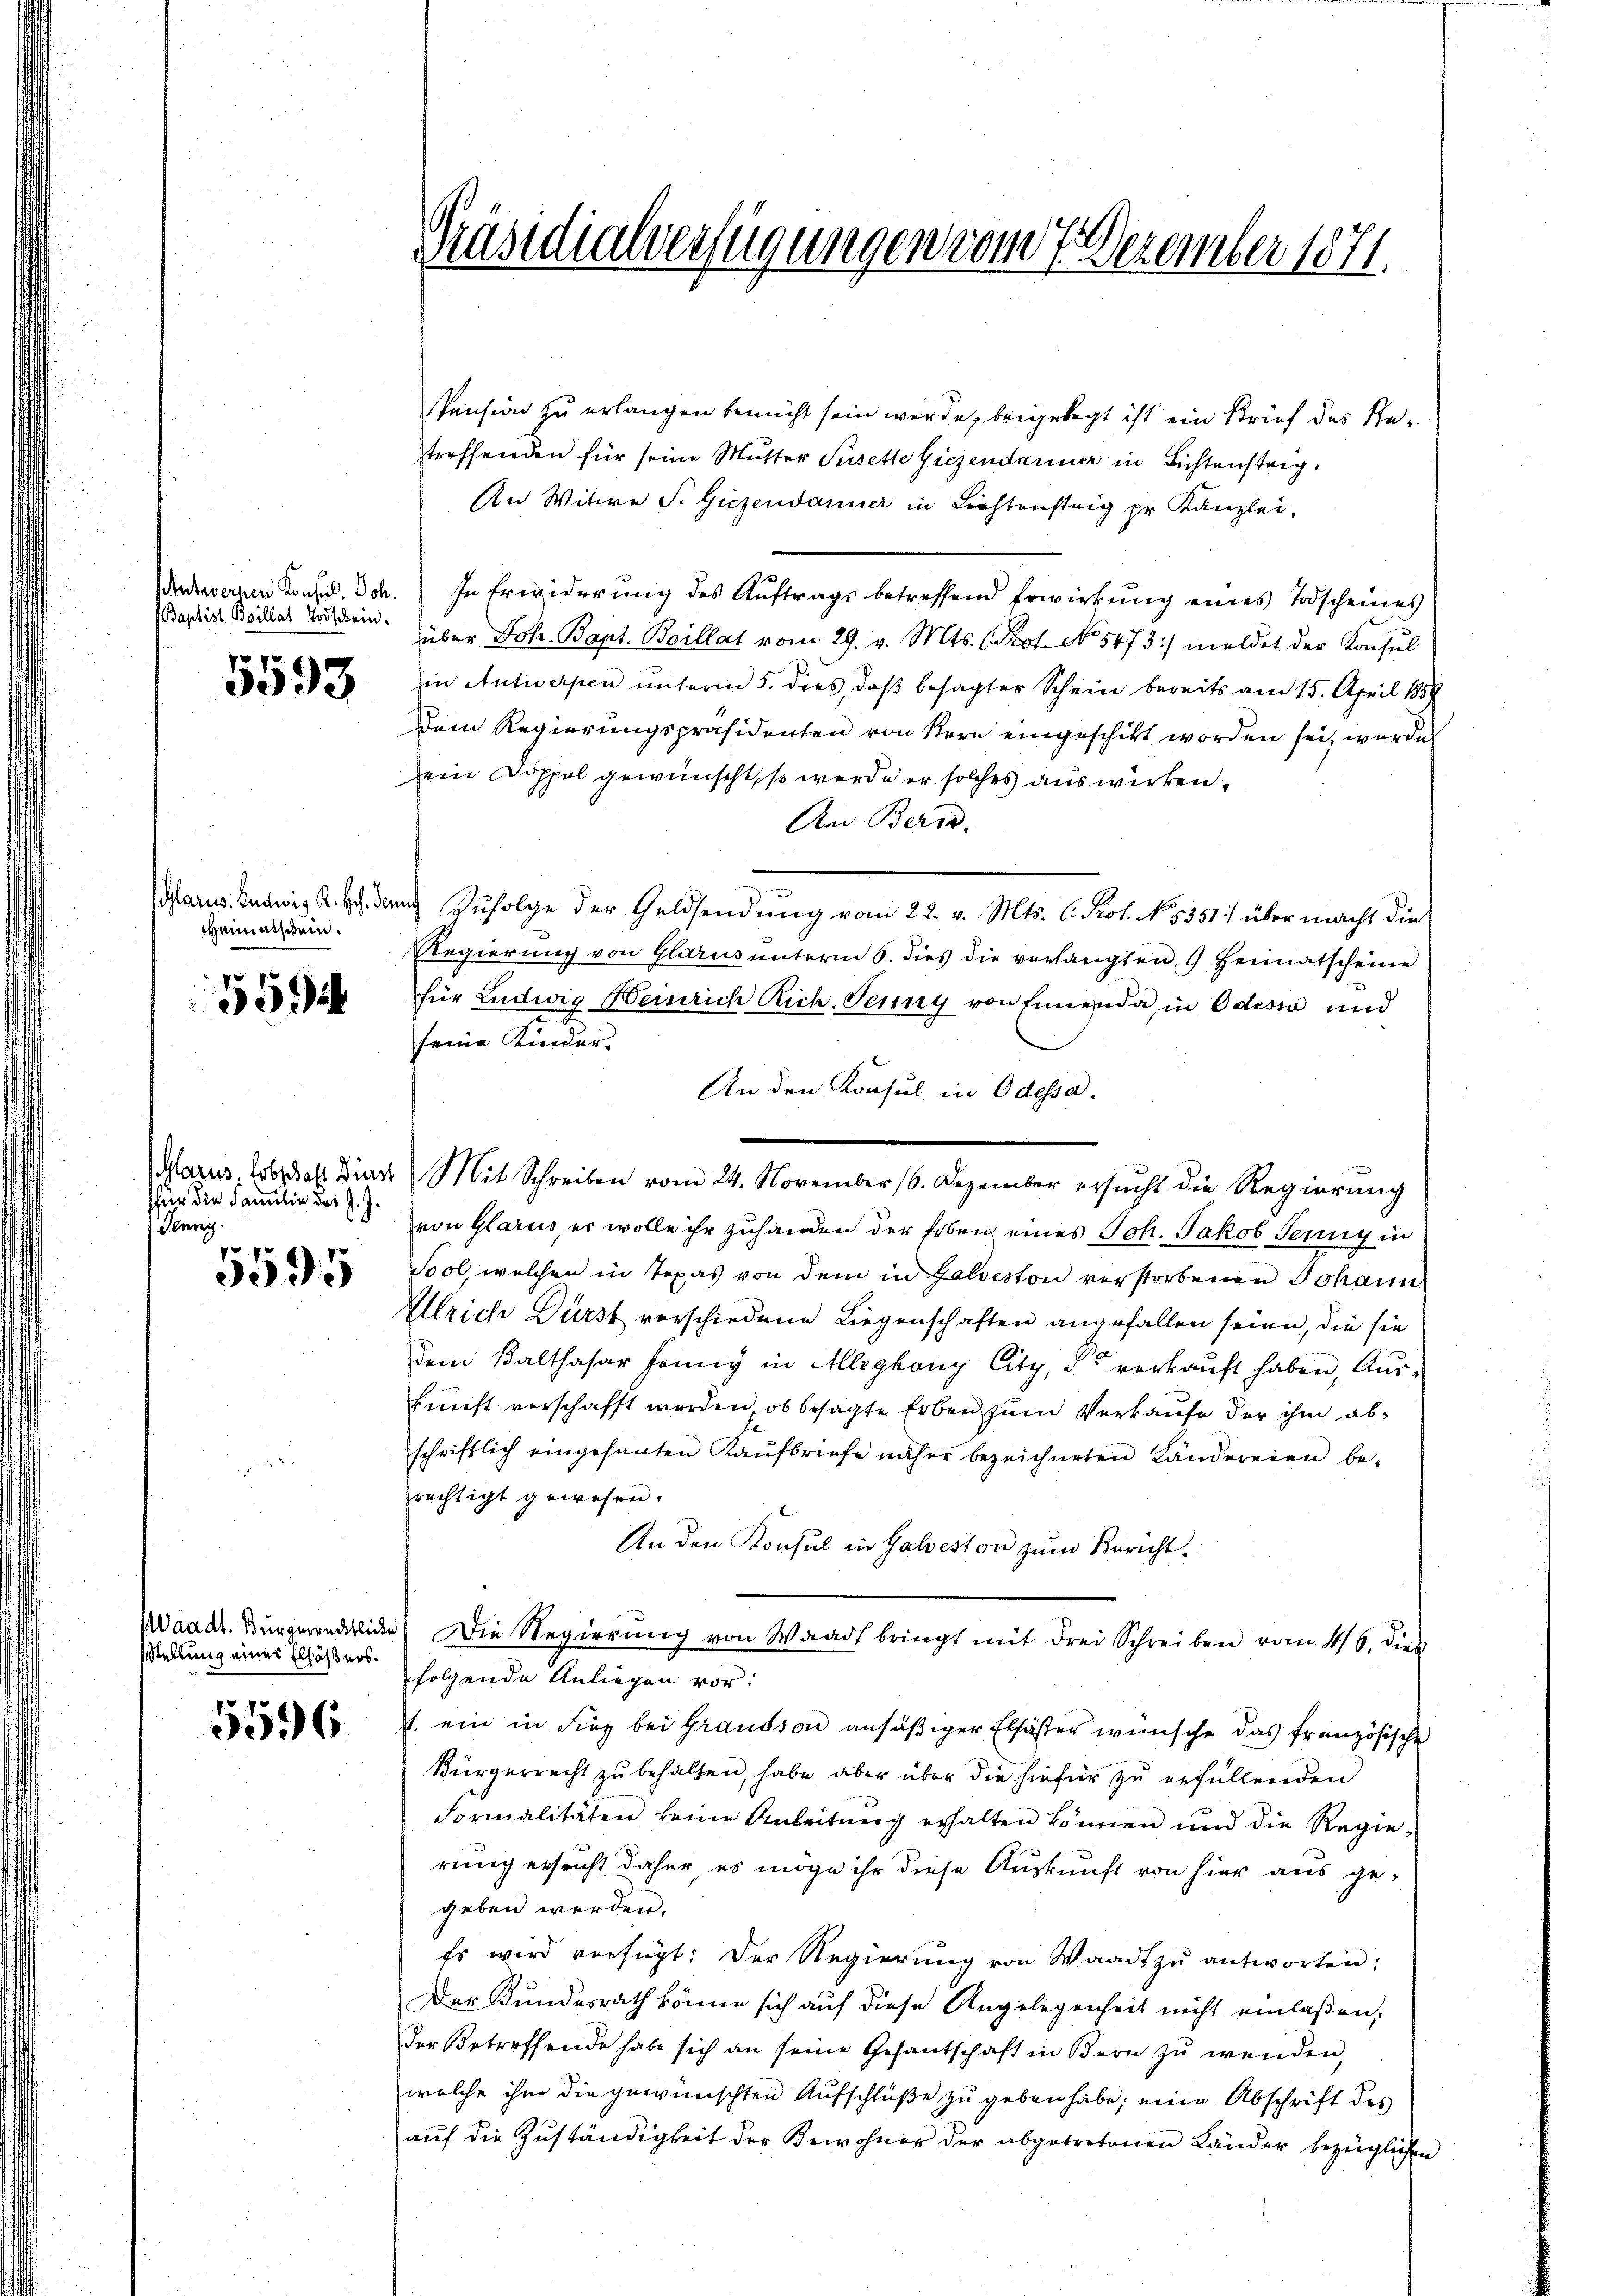
Baptist Boillat Todschein.

3093

Glarus. Ludwig R. Hr. Den
Heimatsgerin¬

15

für die Familie des J. J.
Jenny.
7 x

3095

Stellung eines Ellösers¬

5596

Präsidialverfügungen vom 7. Dezember 1871.

Pension zu erlangen bemüht sein werde, beigelegt ist ein Brief des Retreffenden für seine Mutter Süsette Giezendariner in Lichtensteig.
An Witwe S. Giezendanici in Lichtig pr. Kanzlei-
nswernen Konsid. Joh. In Erwiderung des Aŭftrags betreffend Erwirkŭng eines Todscheines
über Joh. Bapt. Boillat vom 29. v. Mts. (Prot. No 5473/ meldet der Konsul
in Antwerpen unterm 5. dies, daß besagter Schein bereits am 15. April 1859
Dem Regierungspräsidenten von Stern eingeschikt worden sei, worde
ein Doppel gewünscht, so werde er solches auswirken,
Am Bern.
Zufolge der Geldsendung vom 22. v. Mts. C. Prot. No. 5351) über macht die
Regierung von Glarus unterm 6. dies die verlangten 9. Heimatscheine
für Ludwig Heinrich Rich-Penny von Einenda in Odessa und
seine Kinder.
An den Konsul in Odessa.
Glazus. Tobak Die Mit Schreiben vom 24. November 16. Dezember ersŭcht die Regierŭng
von Glarus, er wolle ihr zuhanden der Erben eines Joh. Jakob Tennig in
Sool, welchen in Texas von dem in Galveston verstorbenen Johann
Ulrich Dürst verschiedene Liegenschaften angefallen seien, die sie
dem Balthasar Jenny in Alleghony City, de verkaŭft haben, Aŭs-
kunft verschafft werden, ob besagte Erben zum Verkaufe der ihm abschriftlich eingesanten Kaŭfbriefe näher bezeichneten Ländereien be-
rechtigt gewesen.
An den Konsul in Galveston zum Bericht.
Maad. Bürgerredliche) Die Regierŭng von Waadt bringt mit drei Schreiben vom 16. dies
folgende Anliegen vor:
1. ein in Firg bei Grandson ansäßiger Elfäster wünsche das französische
Bürgerrecht zu behalten, habe aber über die hiefür zu gefüllenden
Formalitäten keine Anleitŭng erhalten können und die Regie-
rung ersucht daher, es möge ihr diese Auskunft von hier aus gegeben werden.
Es wird verfügt: Der Regierŭng von Waadt zŭ antworten:
Der Bundesrath könne sich auf diese Angelegenheit nicht einlaßen,
der Betreffende habe sich an seine Gesantschaft in Bern zŭ wenden,
welche ihm die gewünschten Aufschlüße zu geben habe; eine Abschrift des
aŭf die Zŭständigkeit der Bewohner der abgetretenen Länder bezüglichen